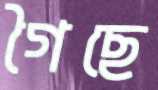
গৈছে